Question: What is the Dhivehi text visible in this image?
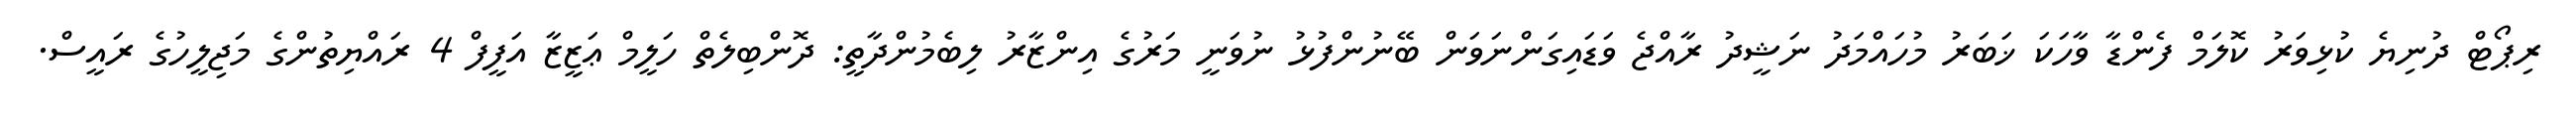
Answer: ރިޕޯޓް ދުނިޔެ ކުޅިވަރު ކޮލަމް ފެންޑާ ވާހަކަ ޚަބަރު މުހައްމަދު ނަޝީދު ރާއްޖެ ވަޑައިގަންނަވަން ބޭނުންފުޅު ނުވަނީ މަރުގެ އިންޒާރު ލިބެމުންދާތީ: ދޮންބިލެތް ހަލީމް ޢަޒީޒާ އަފީފް 4 ރައްޔިތުންގެ މަޖިލީހުގެ ރައީސް.